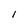
Character: 1